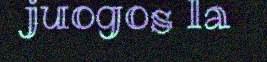
juogos la